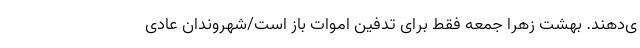
ی‌دهند. بهشت زهرا جمعه فقط برای تدفین اموات باز است/شهروندان عادی